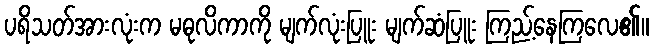
ပရိသတ်အားလုံးက မဓုလိကာကို မျက်လုံးပြူး မျက်ဆံပြူး ကြည့်နေကြလေ၏။